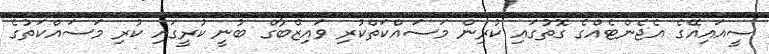
ސީއައިއޭގެ އެޖެންޓެއްގެ ގޮތުގައި ކުރިން މަސައްކަތްކުރި ވައިޒްބާގް ބުނީ ކުރީގައި ކުރި މަސައްކަތުގެ